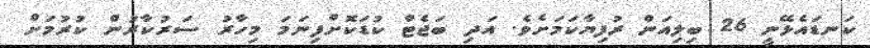
ކަނޑައެޅޭނީ 26 ބިލިއަން ރުފިޔާކަމަށެވެ. އަދި ބަޖެޓް ކުޑަކޮށްފިނަމަ މިހާރު ސަރުކާރުން ކުރުމަށް